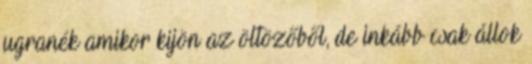
ugranék amikor kijön az öltözőből, de inkább csak állok